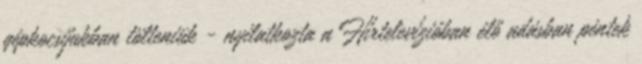
gépkocsijukban tölteniük - nyilatkozta a Hírtelevízióban élő adásban péntek